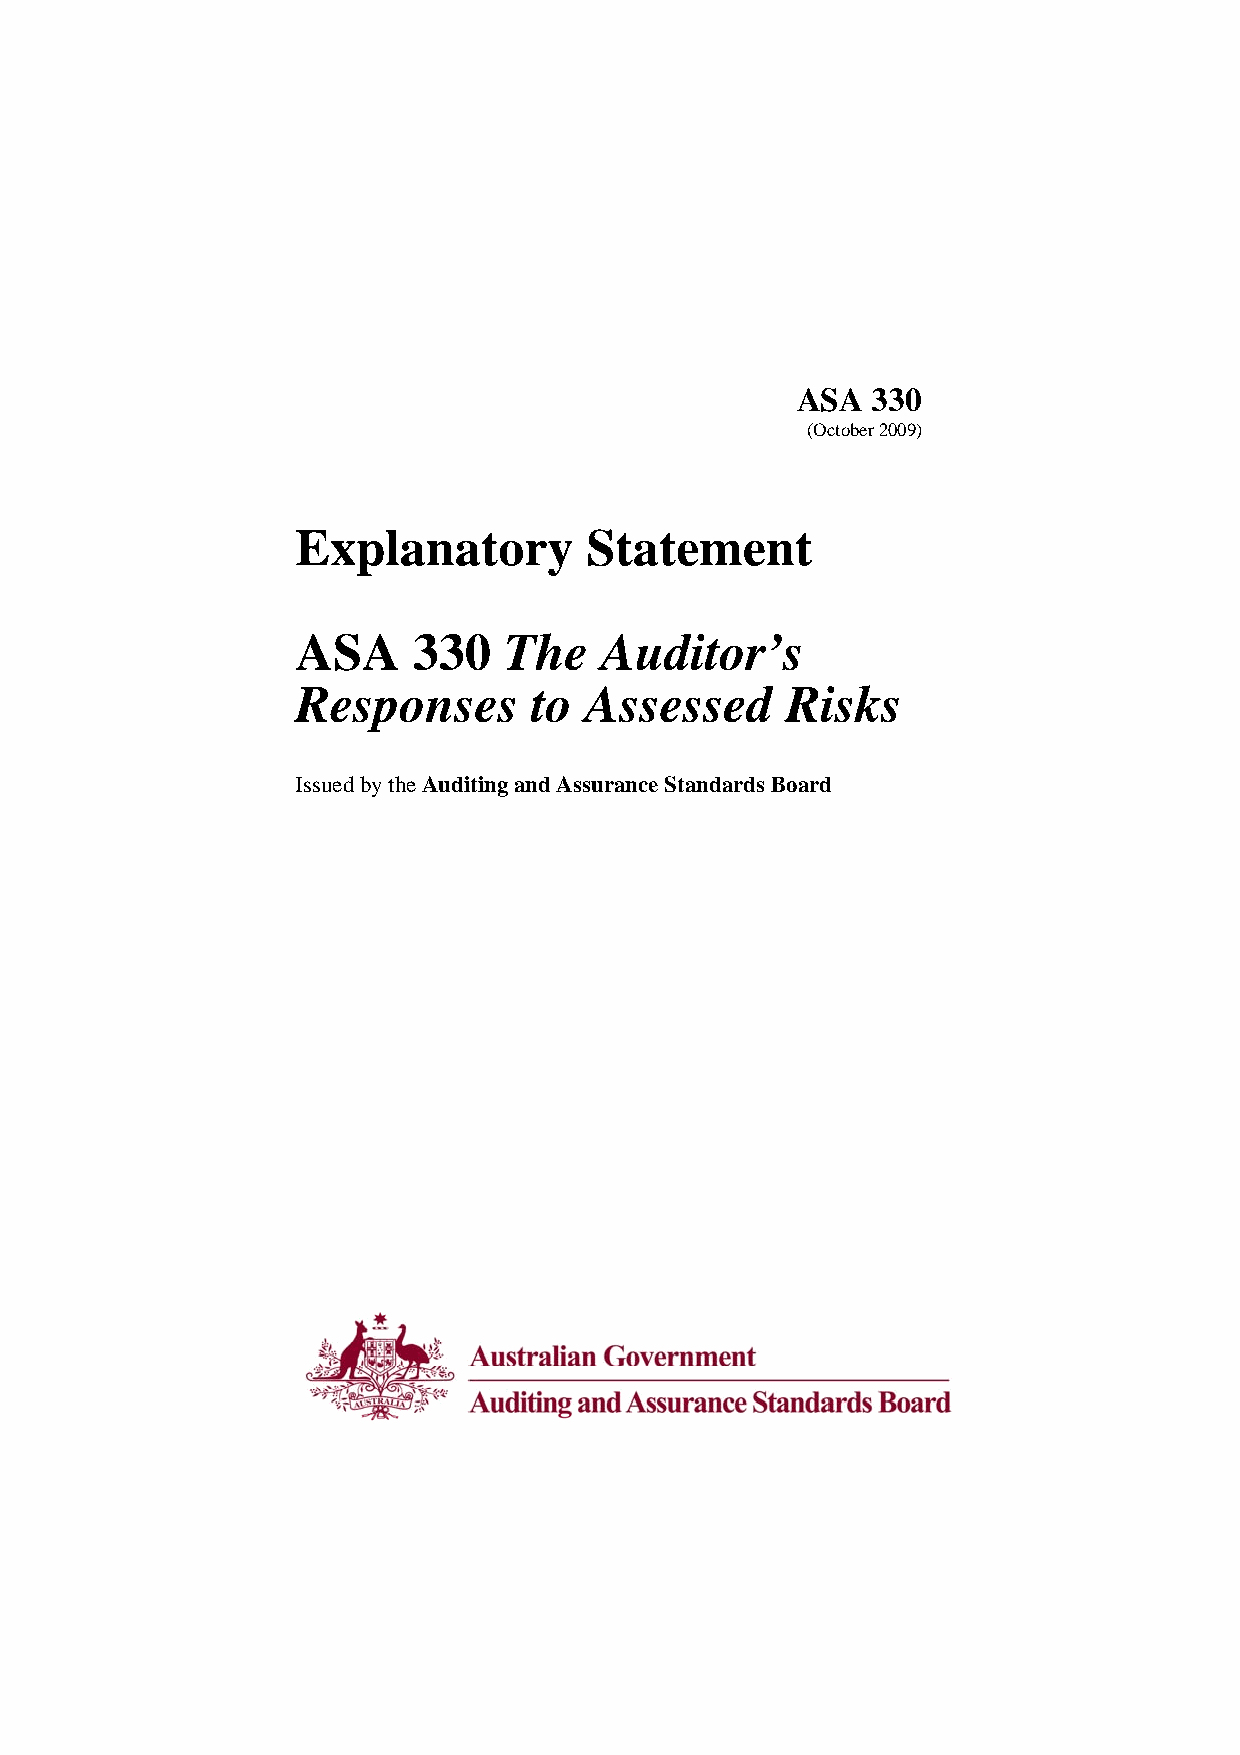
ASA  330
 (October 2009)
 Explanatory        Statement
 ASA    330   The    Auditor’s
 Responses      to  Assessed     Risks
 Issued by the Auditing and Assurance Standards Board